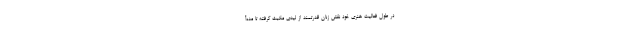
در طول فعالیت هنری خود نقش زنان قدرتمند از لیدی مکبث گرفته تا مده‌آ